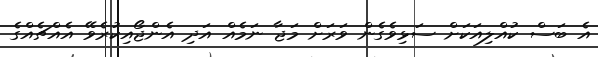
އެ ބަސް ކުއްލިއަކަށް ސަޅިވެގެން ވަރަށް މަޖާ ނަމެއް އަދި އެންޖޯއިކުރެވޭ އެއްޗެއްގެ